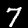
Label: 7